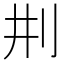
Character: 㓝